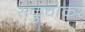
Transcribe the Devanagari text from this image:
सकुचाकर